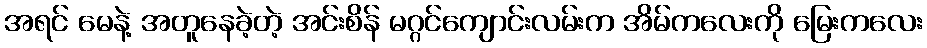
အရင် မေနဲ့ အတူနေခဲ့တဲ့ အင်းစိန် မဂ္ဂင်ကျောင်းလမ်းက အိမ်ကလေးကို မြေးကလေး